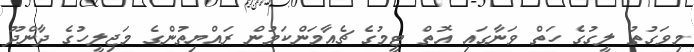
މިވަގުތު ލީގުގެ ހަތް ވަނާގައި އޮތް ޓީމުގެ ޗެއާމަންކަމުން ރައްޔިތުންގެ މަޖިލީހުގެ ދާންދޫ